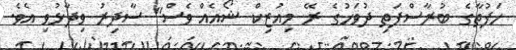
ހަފުތާގެ ބުރާސްފަތި ދުވަހުގެ ރޭ މިއުޒިކް ޝޯއެއް ވެސް" ސާދިރު ވިދާޅުވި އެވެ.